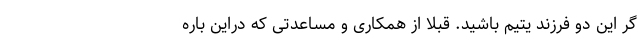
گر این دو فرزند یتیم باشید. قبلا از همکاری و مساعدتی که دراین باره